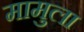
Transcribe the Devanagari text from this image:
मामुला